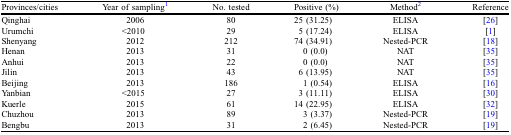
| Provinces/cities | Year of sampling1 | No. tested | Positive (%) | Method2 | Reference |
 | --- | --- | --- | --- | --- | --- |
 | Qinghai | 2006 | 80 | 25 (31.25) | ELISA | [26] |
 | Urumchi | <2010 | 29 | 5 (17.24) | ELISA | [1] |
 | Shenyang | 2012 | 212 | 74 (34.91) | Nested-PCR | [18] |
 | Henan | 2013 | 31 | 0 (0.0) | NAT | [35] |
 | Anhui | 2013 | 22 | 0 (0.0) | NAT | [35] |
 | Jilin | 2013 | 43 | 6 (13.95) | NAT | [35] |
 | Beijing | 2013 | 186 | 1 (0.54) | ELISA | [16] |
 | Yanbian | <2015 | 27 | 3 (11.11) | ELISA | [30] |
 | Kuerle | 2015 | 61 | 14 (22.95) | ELISA | [32] |
 | Chuzhou | 2013 | 89 | 3 (3.37) | Nested-PCR | [19] |
 | Bengbu | 2013 | 31 | 2 (6.45) | Nested-PCR | [19] |